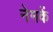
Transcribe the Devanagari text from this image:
नेमकें